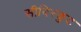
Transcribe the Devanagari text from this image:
सीबिस्कुट